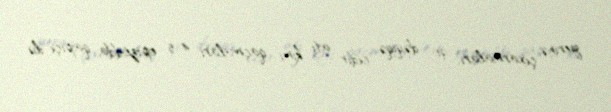
yerinə çıxarmaları, 90 dəqiqə cıdır atı kimi qaçmaları, 4-5 epizodda qapıçı ilə